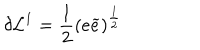
LaTeX: \delta \mathcal { L } ^ { 1 } = \frac { 1 } { 2 } \left( e \widetilde { e } \right) ^ { \frac { 1 } { 2 } }